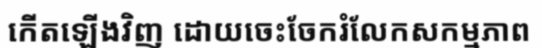
កើតឡើងវិញ ដោយចេះចែករំលែកសកម្មភាព